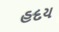
હદય